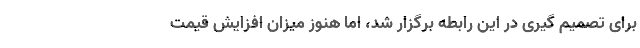
برای تصمیم گیری در این رابطه برگزار شد، اما هنوز میزان افزایش قیمت